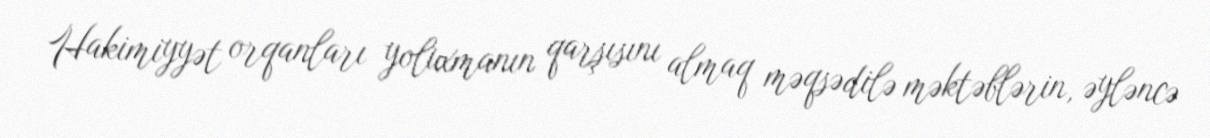
Hakimiyyət orqanları yoluxmanın qarşısını almaq məqsədilə məktəblərin, əyləncə